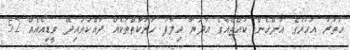
ހަތަރު އަހަރުގެ އަންހެން ކުއްޖެއްގެ އާދަޔާ ހިލާފު ހަރަކާތްތަކެއް ދައްކުވައިދޭ ވީޑިއޯއެއް 52